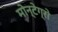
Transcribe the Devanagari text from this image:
मोन्टेग्रो